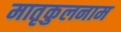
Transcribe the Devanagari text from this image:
मातृकुलनाम